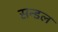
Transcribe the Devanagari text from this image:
सन्डल